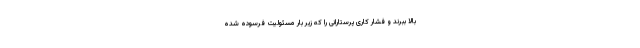
بالا ببرند و فشار کاری پرستارانی را که زیر بار مسئولیت فرسوده شده